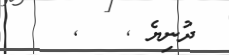
ދުނިޔެ